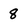
Character: 8